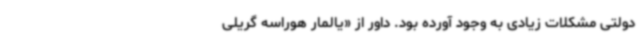
دولتی مشکلات زیادی به‌ وجود آورده بود. داور از «یالمار هوراسه گریلی